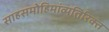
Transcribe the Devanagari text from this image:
साहसमोहिमांव्यतिरिक्त